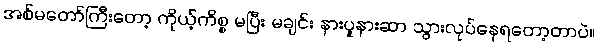
အစ်မတော်ကြီးတော့ ကိုယ့်ကိစ္စ မပြီး မချင်း နားပူနားဆာ သွားလုပ်နေရတော့တာပဲ။